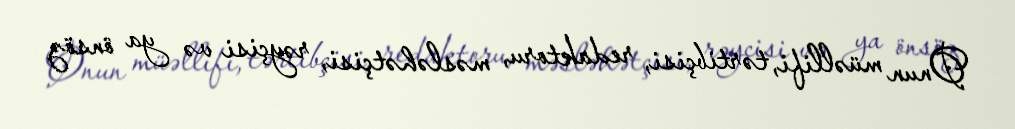
Onun müəllifi, tərtibçisi, redaktoru, məsləhətçisi, rəyçisi və ya önsöz